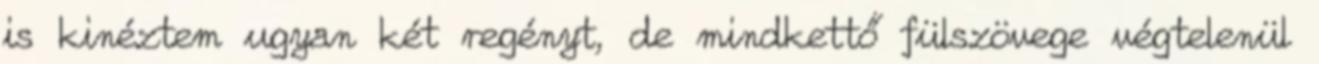
is kinéztem ugyan két regényt, de mindkettő fülszövege végtelenül